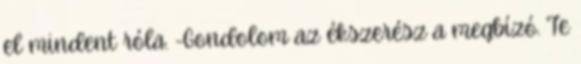
el mindent róla. -Gondolom az ékszerész a megbízó. Te